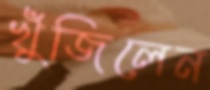
খুঁজিলেন